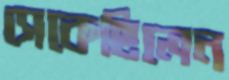
সেকেছিলেন